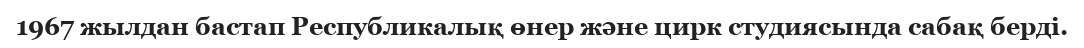
1967 жылдан бастап Республикалық өнер және цирк студиясында сабақ берді.